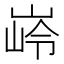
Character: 𮱭